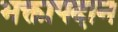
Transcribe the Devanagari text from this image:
भक्तापदान